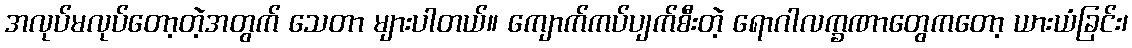
အလုပ်မလုပ်တော့တဲ့အတွက် သေတာ များပါတယ်။ ကျောက်ကပ်ပျက်စီးတဲ့ ရောဂါလက္ခဏာတွေကတော့ ယားယံခြင်း၊